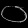
Digit: ၀